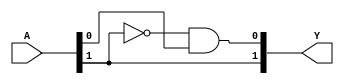
module PE2(A,Y);
input [1:0] A;
output [1:0] Y;
assign Y[0] = (~A[1])&(A[0]);
assign Y[1] = A[1];
endmodule